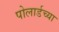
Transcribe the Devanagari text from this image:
पोलार्डच्या